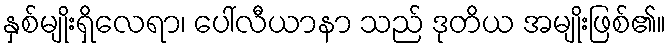
နှစ်မျိုးရှိလေရာ၊ ပေါ်လီယာနာ သည် ဒုတိယ အမျိုးဖြစ်၏။